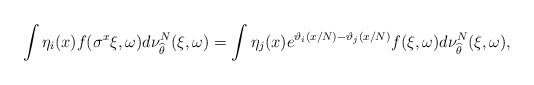
\begin{align*} \int \eta_i(x) f(\sigma^x\xi, \omega) d\nu_{\widehat \theta }^N (\xi,\omega) = \int \eta_j(x) e^{\vartheta_i(x/N) - \vartheta_j(x/N)} f(\xi, \omega) d\nu_{\widehat \theta }^N (\xi,\omega), \end{align*}